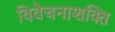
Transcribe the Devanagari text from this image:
विवेचनाशक्ति